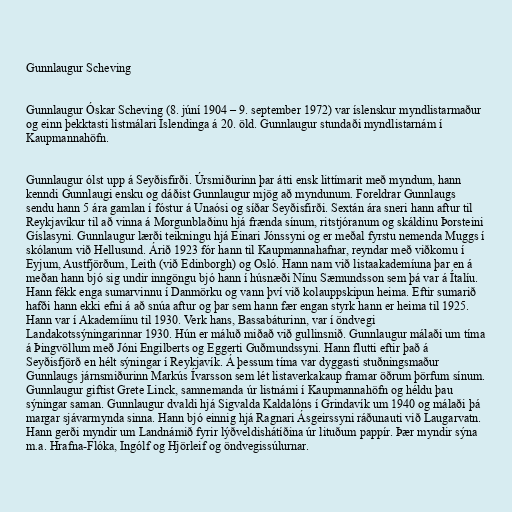
Gunnlaugur Scheving

Gunnlaugur Óskar Scheving (8. júní 1904 – 9. september 1972) var íslenskur myndlistarmaður
og einn þekktasti listmálari Íslendinga á 20. öld. Gunnlaugur stundaði myndlistarnám í
Kaupmannahöfn.

Gunnlaugur ólst upp á Seyðisfirði. Úrsmiðurinn þar átti ensk littímarit með myndum, hann
kenndi Gunnlaugi ensku og dáðist Gunnlaugur mjög að myndunum. Foreldrar Gunnlaugs
sendu hann 5 ára gamlan í fóstur á Unaósi og síðar Seyðisfirði. Sextán ára sneri hann aftur til
Reykjavíkur til að vinna á Morgunblaðinu hjá frænda sínum, ritstjóranum og skáldinu Þorsteini
Gíslasyni. Gunnlaugur lærði teikningu hjá Einari Jónssyni og er meðal fyrstu nemenda Muggs í
skólanum við Hellusund. Árið 1923 fór hann til Kaupmannahafnar, reyndar með viðkomu í
Eyjum, Austfjörðum, Leith (við Edinborgh) og Osló. Hann nam við listaakademíuna þar en á
meðan hann bjó sig undir inngöngu bjó hann í húsnæði Nínu Sæmundsson sem þá var á Ítalíu.
Hann fékk enga sumarvinnu í Danmörku og vann því við kolauppskipun heima. Eftir sumarið
hafði hann ekki efni á að snúa aftur og þar sem hann fær engan styrk hann er heima til 1925.
Hann var í Akademíinu til 1930. Verk hans, Bassabáturinn, var í öndvegi
Landakotssýningarinnar 1930. Hún er máluð miðað við gullinsnið. Gunnlaugur málaði um tíma
á Þingvöllum með Jóni Engilberts og Eggerti Guðmundssyni. Hann flutti eftir það á
Seyðisfjörð en hélt sýningar í Reykjavík. Á þessum tíma var dyggasti stuðningsmaður
Gunnlaugs járnsmiðurinn Markús Ívarsson sem lét listaverkakaup framar öðrum þörfum sínum.
Gunnlaugur giftist Grete Linck, samnemanda úr listnámi í Kaupmannahöfn og héldu þau
sýningar saman. Gunnlaugur dvaldi hjá Sigvalda Kaldalóns í Grindavík um 1940 og málaði þá
margar sjávarmynda sinna. Hann bjó einnig hjá Ragnari Ásgeirssyni ráðunauti við Laugarvatn.
Hann gerði myndir um Landnámið fyrir lýðveldishátíðina úr lituðum pappír. Þær myndir sýna
m.a. Hrafna-Flóka, Ingólf og Hjörleif og öndvegissúlurnar.